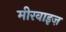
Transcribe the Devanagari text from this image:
मीरवाइज़